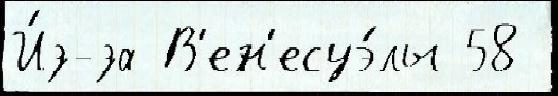
И́з-за В'ен'есуэ́лы 58